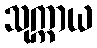
သုက္ကာယ